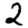
Digit: 2